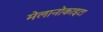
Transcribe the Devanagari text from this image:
मेलानोकाइटा